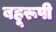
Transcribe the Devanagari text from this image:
बहूरूपी